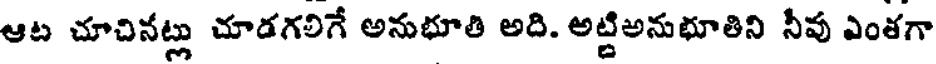
ఆట చూచినట్లు చూడగలిగే అనుభూతి అది. అట్టిఅనుభూతిని నీవు ఎంతగా